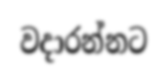
වදාරන්නට